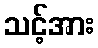
သင့်အား